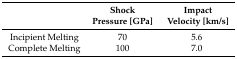
|  | Shock | Impact |
 |  | Pressure [GPa] | Velocity [km/s] |
 | --- | --- | --- |
 | Incipient Melting | 70 | 5.6 |
 | Complete Melting | 100 | 7.0 |